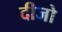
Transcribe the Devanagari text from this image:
दीजो